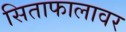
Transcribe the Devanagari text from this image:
सिताफालावर